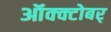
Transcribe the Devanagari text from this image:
ऑक्क्टोबर्